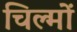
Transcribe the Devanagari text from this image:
चिल्मों